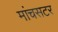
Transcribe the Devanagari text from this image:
मांचसटर